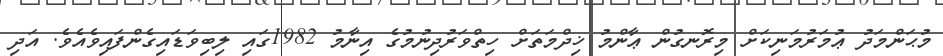
މުޙަންމަދު ޢުމަރުމަނިކަށް މިރޮނގުން ޢާންމު ޚިދްމަތަށް ހިތްވަރުދިނުމުގެ އިނާމު 1982ގައި ލިބިވަޑައިގެންފައިވެއެވެ. އަދި